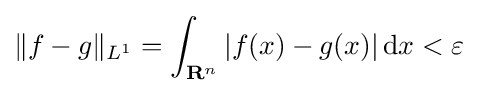
\|f-g\|_{L^{1}}=\int _{\mathbf {R} ^{n}}|f(x)-g(x)|\,\mathrm {d} x<\varepsilon